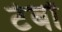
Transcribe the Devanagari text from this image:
टेबों